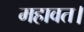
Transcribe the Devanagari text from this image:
महावत।